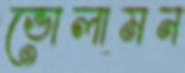
ভোলামন